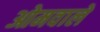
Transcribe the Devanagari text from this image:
ओमवाले